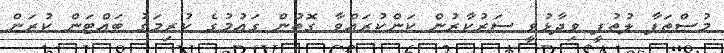
މުސްތަފާ ލުތުފީ ވިދާޅުވީ ސަރުކާރުން ކަންކުރައްވާ ގޮތުން ގައުމުގެ ކުރިމަގު ބައްޓަން ކުރަން